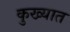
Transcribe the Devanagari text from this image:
कुख्‍यात